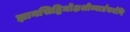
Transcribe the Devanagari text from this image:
ज्ञानसिद्धिर्मोक्षश्रीव्यार्घ्रचर्मणि